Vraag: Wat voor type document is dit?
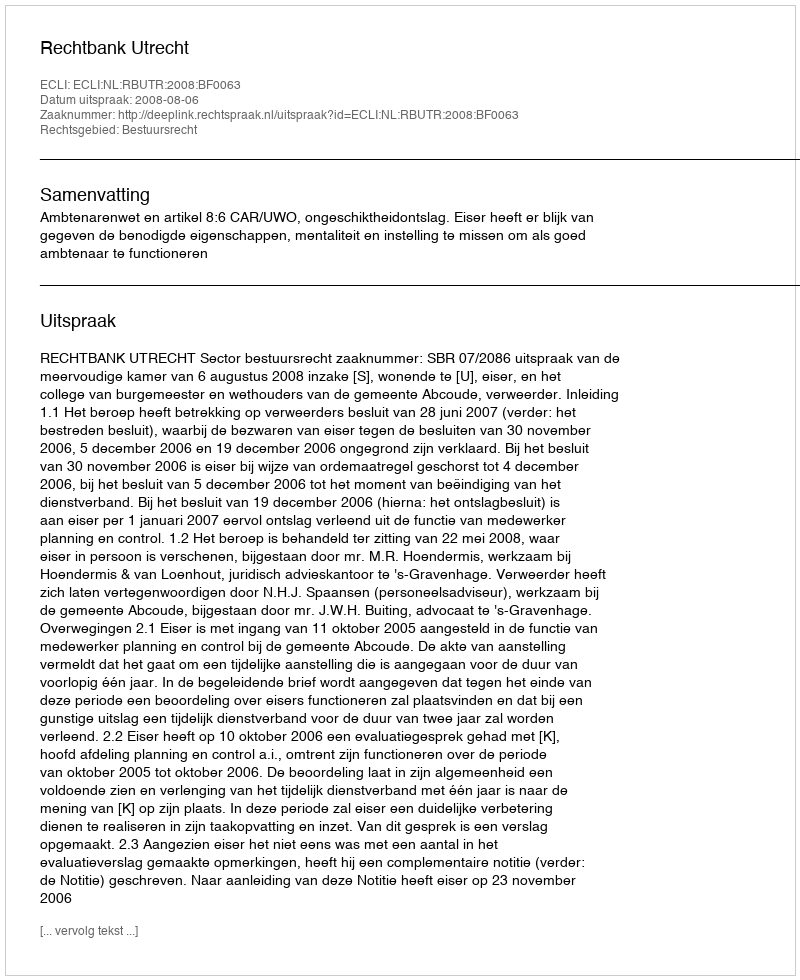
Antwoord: Uitspraak